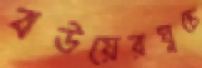
বউয়েরঘুচে